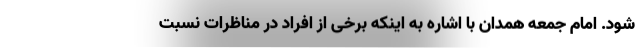
شود. امام جمعه همدان با اشاره به اینکه برخی از افراد در مناظرات نسبت